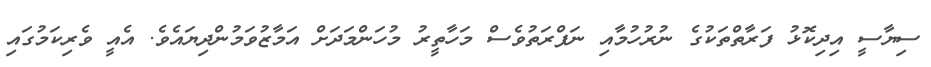
ސިޔާސީ އިދިކޮޅު ފަރާތްތަކުގެ ނުރުހުމާއި ނަފްރަތުވެސް މަހާތީރު މުހަންމަދަށް އަމާޒުވަމުންދިޔައެވެ. އެއީ ވެރިކަމުގައި